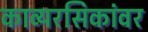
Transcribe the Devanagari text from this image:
काव्यरसिकांवर